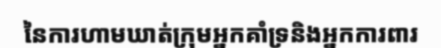
នៃការហាមឃាត់ក្រុមអ្នកគាំទ្រនិងអ្នកការពារ